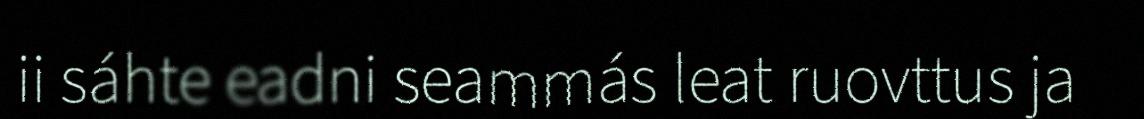
ii sáhte eadni seammás leat ruovttus ja